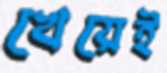
খেয়েই